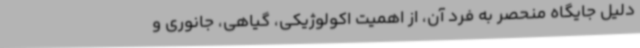
دلیل جایگاه منحصر به فرد آن، از اهمیت اکولوژیکی، گیاهی، جانوری و